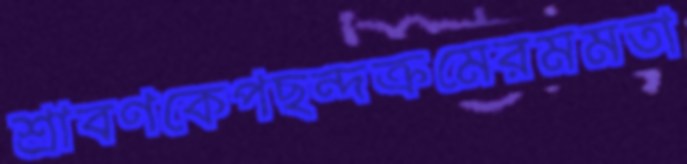
শ্রাবণকেপছন্দক্রমেরমমতা